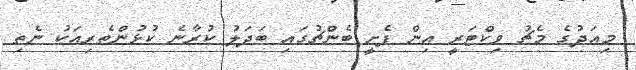
މިއަދުގެ މެޗު ވިކްޓަރީ އިން ފެށީ ބެންޗުގައި ބަދަލު ކުރާނެ ކުޅުންތެރިއަކު ނެތި